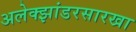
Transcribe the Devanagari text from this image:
अलेक्झांडरसारखा